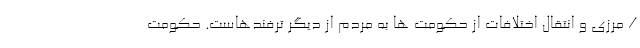
/ مرزی و انتقال اختلافات از حکومت ها به مردم از دیگر ترفندهاست. حکومت